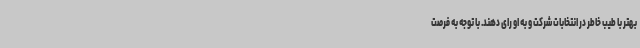
بهتر با طیب خاطر در انتخابات شرکت و به او رای دهند. با توجه به فرصت